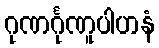
ဂုဏင်္ဂုဏူပါဟနံ